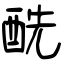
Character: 酰